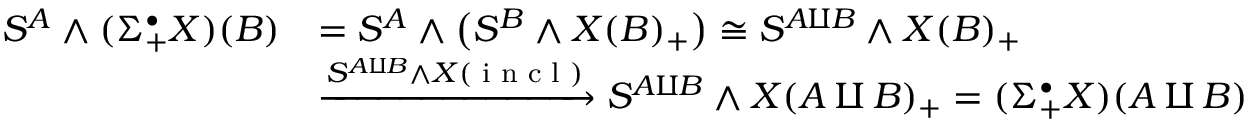
\begin{array} { r l } { S ^ { A } \wedge ( \Sigma _ { + } ^ { \bullet } X ) ( B ) } & { = S ^ { A } \wedge \big ( S ^ { B } \wedge X ( B ) _ { + } \big ) \cong S ^ { A \amalg B } \wedge X ( B ) _ { + } } \\ & { \xrightarrow { S ^ { A \amalg B } \wedge X ( \textup { i n c l } ) } S ^ { A \amalg B } \wedge X ( A \amalg B ) _ { + } = ( \Sigma _ { + } ^ { \bullet } X ) ( A \amalg B ) } \end{array}